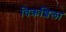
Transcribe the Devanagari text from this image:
विक्रशिला